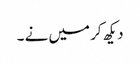
دیکھ کر میں نے ۔